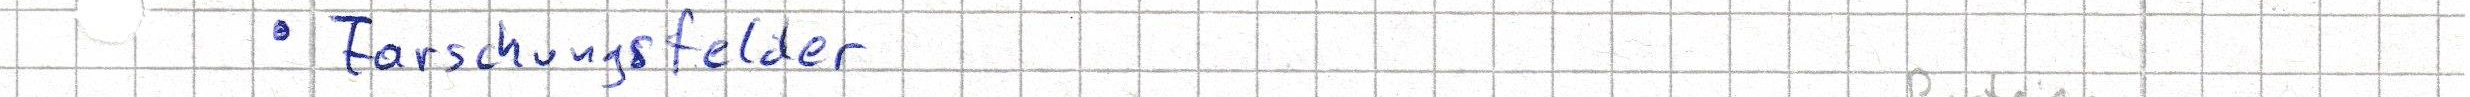
- Forschungsfelder